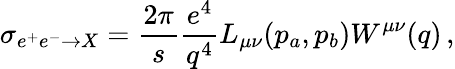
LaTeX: \sigma_{e^{+}e^{-}\rightarrow X}=\frac{2\pi}{s}\frac{e^{4}}{q^{4}}L_{\mu\nu}(p_{a},p_{b})W^{\mu\nu}(q)\, ,